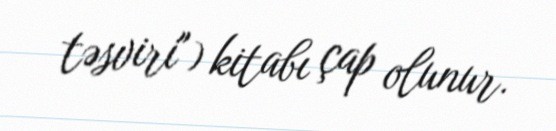
təsviri") kitabı çap olunur.